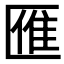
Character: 𠥔